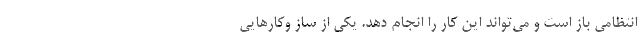
انتظامی باز است و می‌تواند این کار را انجام دهد. یکی از ساز وکارهایی